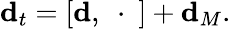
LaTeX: {\mathbf d}_{t}=[{\mathbf d},\ \cdot\ ]+{\mathbf d}_{M}.